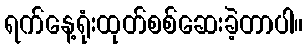
ရက်နေ့ရုံးထုတ်စစ်ဆေးခဲ့တာပါ။